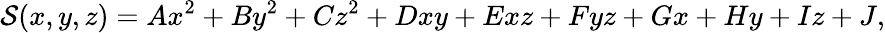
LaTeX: \mathcal{S}(x,y,z)=Ax^{2}+By^{2}+Cz^{2}+Dxy+Exz+Fyz+Gx+Hy+Iz+J,